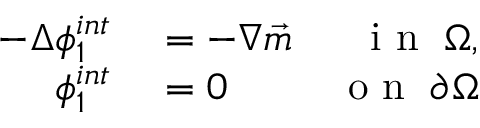
\begin{array} { r l r } { - \Delta \phi _ { 1 } ^ { i n t } } & { { } = - \nabla \vec { m } } & { \mathrm { ~ i ~ n ~ } \; \Omega , } \\ { \phi _ { 1 } ^ { i n t } } & { { } = 0 } & { \mathrm { ~ o ~ n ~ } \; \partial \Omega } \end{array}